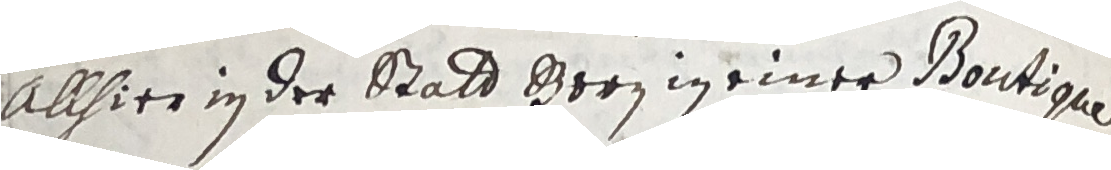
allhier in der statt Born in einer bontioen